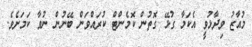
މުއާޒު ވިދާޅުވީ އެކަމާ ގުޅޭ ގޮތުން ކޮމެންޓް ކުރައްވަން ބޭނުން ނުވާ ކަމަށެވެ.